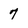
Character: 7